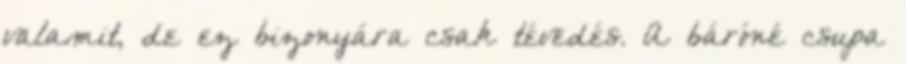
valamit, de ez bizonyára csak tévedés. A báróné csupa